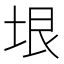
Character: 垠